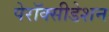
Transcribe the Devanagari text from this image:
पेरॉक्सीडेशन